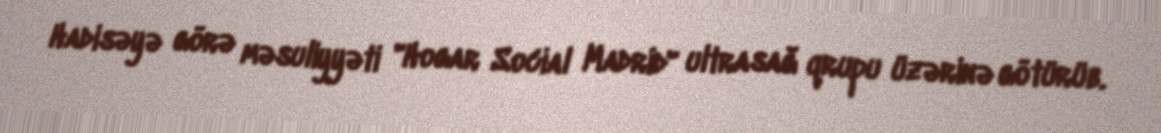
Hadisəyə görə məsuliyyəti "Hogar Social Madrid" ultrasağ qrupu üzərinə götürüb.